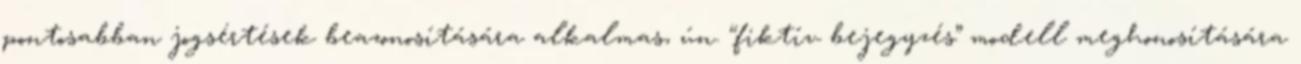
pontosabban jogsértések beazonosítására alkalmas, ún. “fiktív bejegyzés” modell meghonosítására